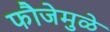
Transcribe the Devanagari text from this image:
फौजेमुळे